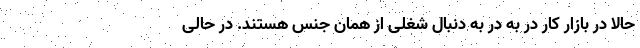
حالا در بازار کار در به در به دنبال شغلی از همان جنس هستند. در حالی